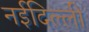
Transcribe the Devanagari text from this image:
नईदिल्ली